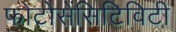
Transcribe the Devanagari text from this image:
फोटोसेंसिटिविटी